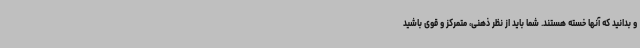
و بدانید که آنها خسته هستند. شما باید از نظر ذهنی، متمرکز و قوی باشید